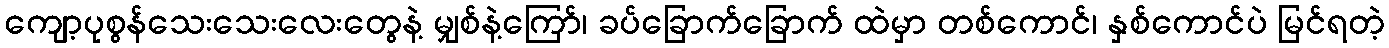
ကျော့ပုစွန်သေးသေးလေးတွေနဲ့ မျှစ်နဲ့ကြော်၊ ခပ်ခြောက်ခြောက် ထဲမှာ တစ်ကောင်၊ နှစ်ကောင်ပဲ မြင်ရတဲ့